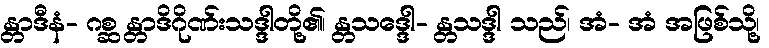
န္တာဒီနံ- ဂစ္ဆ န္တာဒိဂိုဏ်းသဒ္ဒါတို့၏၊ န္တသဒ္ဒေါ- န္တသဒ္ဒါ သည်၊ အံ- အံ အဖြစ်သို့၊